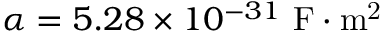
\alpha = 5 . 2 8 \times 1 0 ^ { - 3 1 } ~ \mathrm { F \cdot m ^ { 2 } }